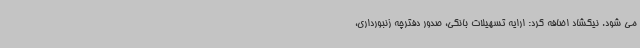
می شود. نیکشاد اضافه کرد: ارایه تسهیلات بانکی، صدور دفترچه زنبورداری،